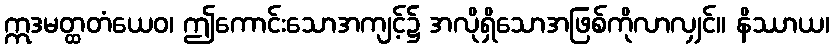
ဣဒမတ္ထတံယေဝ၊ ဤကောင်းသောအကျင့်၌ အလိုရှိသောအဖြစ်ကိုလာလျှင်။ နိဿာယ၊